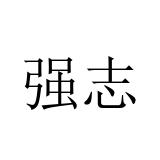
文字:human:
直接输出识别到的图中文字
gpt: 强志